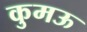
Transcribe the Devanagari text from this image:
कुमऊ